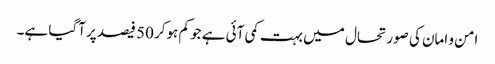
امن و امان کی صورتحال میں بہت کمی آئی ہے جو کم ہوکر 50 فیصد پر آگیا ہے۔